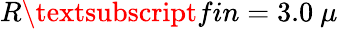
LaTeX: R\textsubscript{fin}=3.0~\mu